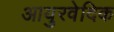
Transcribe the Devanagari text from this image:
आयुरवेदिक